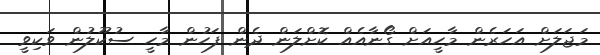
މަޖަލަށް އަހަރެން މާހީއަށް ގޯނާއެއް ކޮށްލަން ދެން ފަހުން މާހީ ސުކޫލުން ވަކިވީ